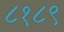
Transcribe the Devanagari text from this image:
८१८९